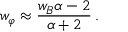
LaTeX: w _ { \varphi } \approx \frac { w _ { B } \alpha - 2 } { \alpha + 2 } \, .